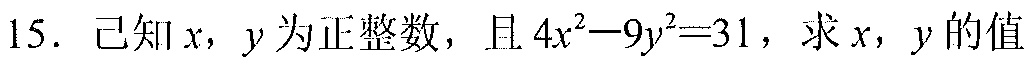
15. 已知\(x,y\)为正整数，且\(4x^{2}-9y^{2}=31\)，求\(x,y\)的值